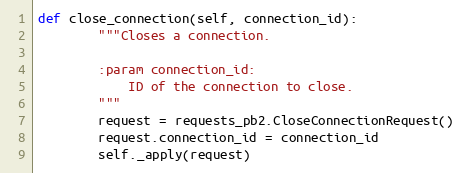
Language: Python
def close_connection(self, connection_id):
        """Closes a connection.

        :param connection_id:
            ID of the connection to close.
        """
        request = requests_pb2.CloseConnectionRequest()
        request.connection_id = connection_id
        self._apply(request)